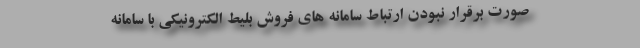
صورت برقرار نبودن ارتباط سامانه های فروش بلیط الکترونیکی با سامانه